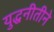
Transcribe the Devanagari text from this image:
युद्धनीतीने